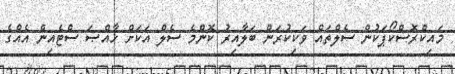
މައިކްރޮސްކޯޕަކުން ސެލްތައް ވަކިކުރަން ބަލާއިރު ކޮންމެ ސެލް އަކަށް ޚާއްޞަ ސްޓެއިން އެއްގެ